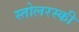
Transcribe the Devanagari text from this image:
स्तोलरस्की